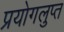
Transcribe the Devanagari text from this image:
प्रयोगलुप्त